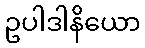
ဥပါဒါနိယော